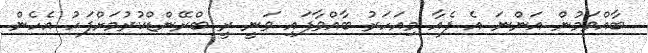
ބާއްވަމުން އަންނަ އެ ފެއާ މިއަހަރު ބާއްވާފައި ވަނީ ރީ ބްރޭންޑްކުރުމަށްފަހު އެހެން